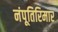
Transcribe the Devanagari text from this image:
नंपूतिरिमार